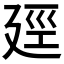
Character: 𪪯